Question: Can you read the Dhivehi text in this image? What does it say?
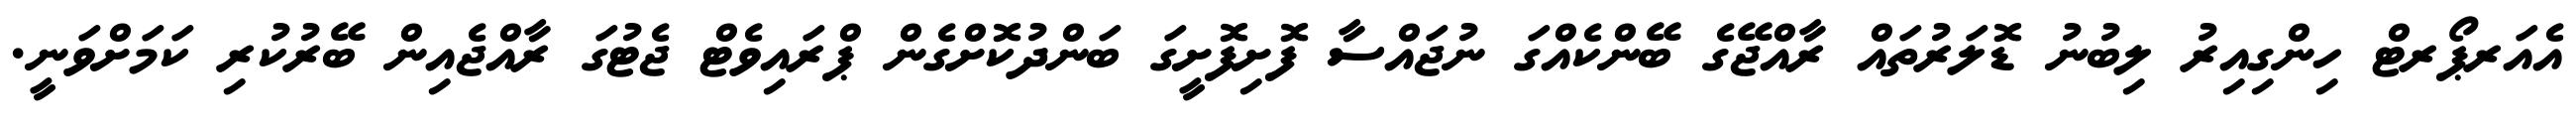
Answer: އެއަރޕޯރޓް ހިންގިއިރު ލިބުނު ޑޮލަރުތައް ރާއްޖޭގެ ބޭންކެއްގަ ނުޖައްސާ ފޮށިފޮށީގަ ބަންދުކޮށްގެން ޕްރައިވެޓް ޖެޓުގަ ރާއްޖެއިން ބޭރުކުރި ކަމަށްވަނީ.